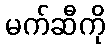
မက်ဆီကို